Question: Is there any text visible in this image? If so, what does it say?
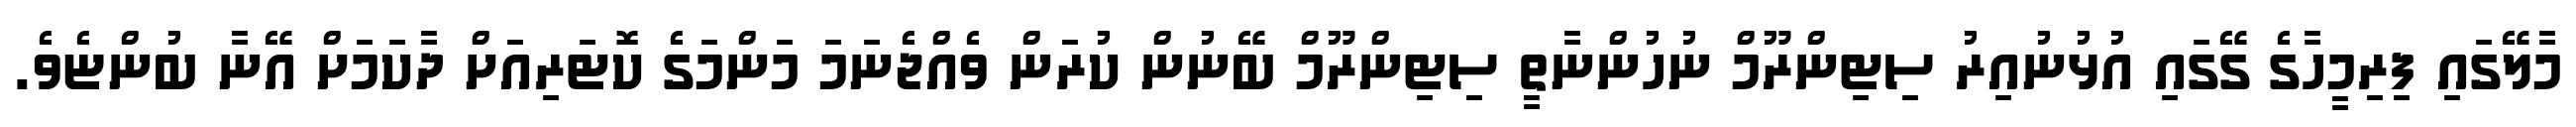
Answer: މާލޭގައި ފިރިމީހާގެ ގޭގައި އުޅުނުއިރު ސިޓިންރޫމް ނުހުންނާތީ ސިޓިންރޫމް ބޭނުން ކުރަން ވެއްޖެނަމަ މަންމަގެ ކޮޓަރިއަށް ދާކަމަށް އޭނާ ބުންޏެވެ.